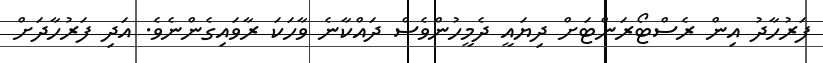
ފަރުހާދު އިން ރެސްޓޯރަންޓަށް ދިޔައީ ދެމީހުންވެސް ދައްކާނެ ވާހަކަ ރާވައިގެންނެވެ. އަދި ފަރުހާދަށް